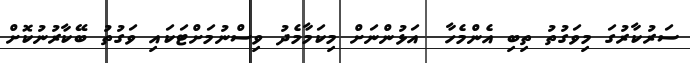
ސަރުކާރުގަ މިވަގުތު ތިބި އެންމެހާ  އަޅުންނަށް މިކަމާމެދު ވިސްނުމަށްޓަކައި ވަގުތު ބޭކާރުނުކޮށް